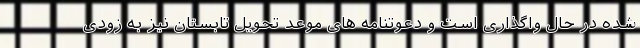
شده در حال واگذاری است و دعوتنامه های موعد تحویل تابستان نیز به زودی